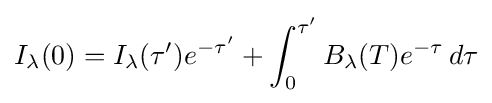
I_{\lambda }(0)=I_{\lambda }(\tau ')e^{-\tau '}+\int _{0}^{\tau '}B_{\lambda }(T)e^{-\tau }\,d\tau